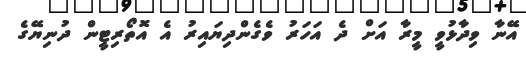
އޭނާ ވިދާޅުވީ މީރާ އަށް ދެ އަހަރު ވެގެންދިޔައިރު އެ އޮތޯރިޓީން ދުނިޔޭގެ